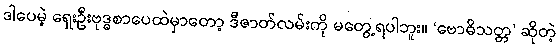
ဒါပေမဲ့ ရှေးဦးဗုဒ္ဓစာပေထဲမှာတော့ ဒီဇာတ်လမ်းကို မတွေ့ရပါဘူး။ ‘ဗောဓိသတ္တ’ ဆိုတဲ့